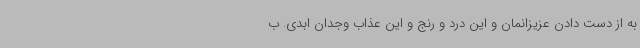
به از دست دادن عزیزانمان و این درد و رنج و این عذاب وجدان ابدی. ب